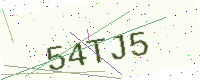
Text: 54TJ5